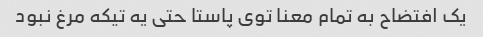
یک افتضاح به تمام معنا توی پاستا حتی یه تیکه مرغ نبود